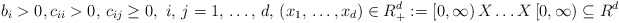
\begin{align*}b_{i}>0,c_{ii}>0,\thinspace c_{ij}\ge 0,\thinspace \thinspace i,\thinspace j=1,\thinspace \mathellipsis ,\thinspace d,\thinspace \left( x_{1},\thinspace \mathellipsis ,x_{d} \right)\in R_{+}^{d}:=\left[ 0,\infty \right)X\mathellipsis X\left[ 0,\infty \right)\subseteq R^{d}\end{align*}